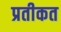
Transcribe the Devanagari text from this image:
प्रतीकत